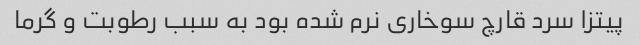
پیتزا سرد قارچ سوخاری نرم شده بود به سبب رطوبت و گرما